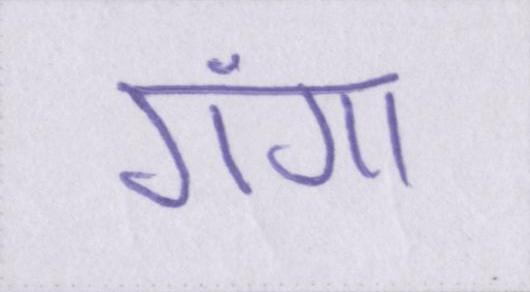
गंगा